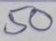
50